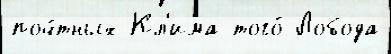
поч́тных Кл'има того́ Лобода